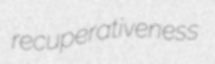
recuperativeness